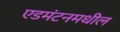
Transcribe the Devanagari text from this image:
एडमंटनमधील